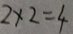
2 \times 2 = 4